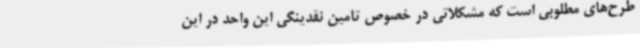
طرح‌های مطلوبی است که مشکلاتی در خصوص تامین نقدینگی این واحد در این